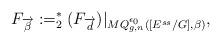
LaTeX: \begin{align*}F_{\overrightarrow{\beta}}:=_2^*(F_{\overrightarrow{d}})\vert_{MQ^{\epsilon_0}_{g,n}([E^{ss}/G],\beta)},\end{align*}